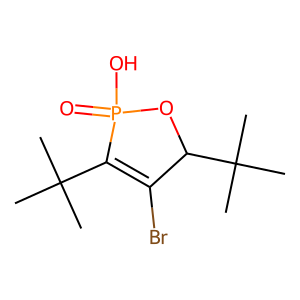
SMILES: CC(C)(C)C1=C(Br)C(C(C)(C)C)OP1(=O)O
Inhibits HIV replication: No